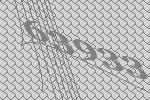
63933